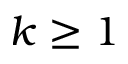
k \geq 1